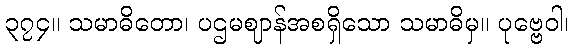
၃၇၄။ သမာဓိတော၊ ပဌမဈာန်အစရှိသော သမာဓိမှ။ ပုဗ္ဗေဝါ၊